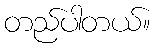
တည်ပါတယ်။